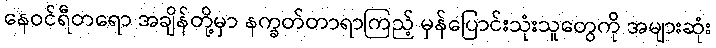
နေဝင်ရီတရော အချိန်တို့မှာ နက္ခတ်တာရာကြည့် မှန်ပြောင်းသုံးသူတွေကို အများဆုံး